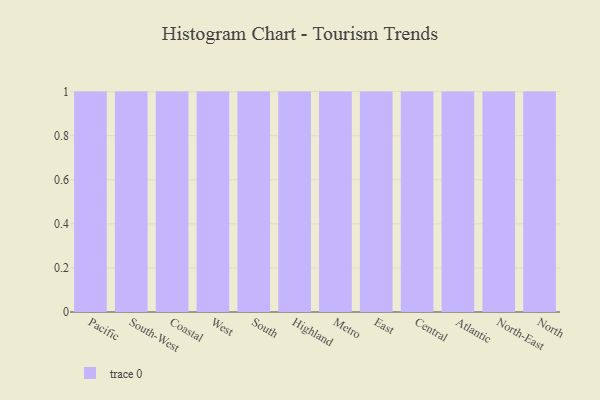
{"axis": {"x": "Region", "y": "Customer Acquisition Cost (USD)"}, "legend": [""], "data": [{"x": "Pacific", "y": 10, "type": ""}, {"x": "South-West", "y": 40, "type": ""}, {"x": "Coastal", "y": 11, "type": ""}, {"x": "West", "y": 50, "type": ""}, {"x": "South", "y": 85, "type": ""}, {"x": "Highland", "y": 15, "type": ""}, {"x": "Metro", "y": 13, "type": ""}, {"x": "East", "y": 90, "type": ""}, {"x": "Central", "y": 43, "type": ""}, {"x": "Atlantic", "y": 49, "type": ""}, {"x": "North-East", "y": 89, "type": ""}, {"x": "North", "y": 65, "type": ""}]}